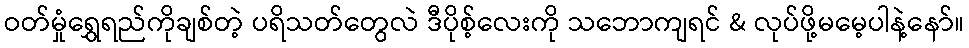
ဝတ်မှုံရွှေရည်ကိုချစ်တဲ့ ပရိသတ်တွေလဲ ဒီပိုစ့်လေးကို သဘောကျရင် & လုပ်ဖို့မမေ့ပါနဲ့နော်။